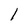
Character: 1